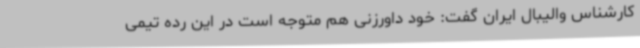
کارشناس والیبال ایران گفت: خود داورزنی هم‌ متوجه است در این رده تیمی